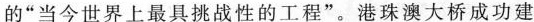
的“当今世界上最具挑战性的工程”。港珠澳大桥成功建